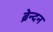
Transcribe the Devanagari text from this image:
ब्रेन्दन